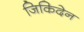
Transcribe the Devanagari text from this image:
जिकिदेन